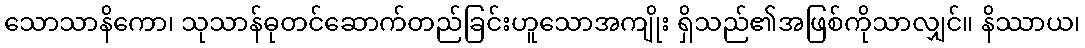
သောသာနိကော၊ သုသာန်ဓုတင်ဆောက်တည်ခြင်းဟူသောအကျိုး ရှိသည်၏အဖြစ်ကိုသာလျှင်။ နိဿာယ၊